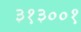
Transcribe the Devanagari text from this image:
३१३००१